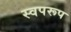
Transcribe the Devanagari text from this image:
स्वपरूप